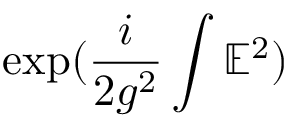
\exp ( { \frac { i } { 2 g ^ { 2 } } } \int \mathbb { E } ^ { 2 } )